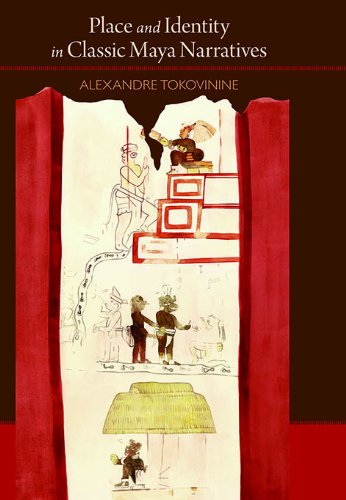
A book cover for Place and Identity in Classic Maya Narratives (Dumbarton Oaks Pre-Columbian Art and Archaeology Studies Series); Alexandre Tokovinine; History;